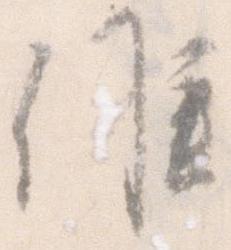
候